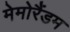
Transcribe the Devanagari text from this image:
मेमोरैंडम